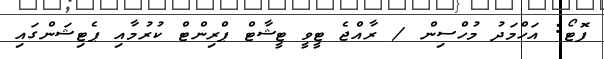
ފޮޓޯ: އަހްމަދު މުހްސިން / ރާއްޖެ ޓީވީ ޓީޝާޓް ޕްރިންޓް ކުރުމާއި ޕެޓިޝަންގައި